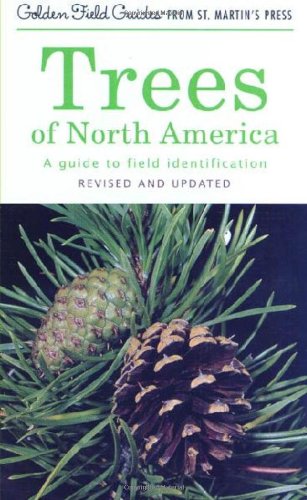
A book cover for Trees of North America: A Guide to Field Identification, Revised and Updated (Golden Field Guide f/St. Martin's Press); C. Frank Brockman; Science & Math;